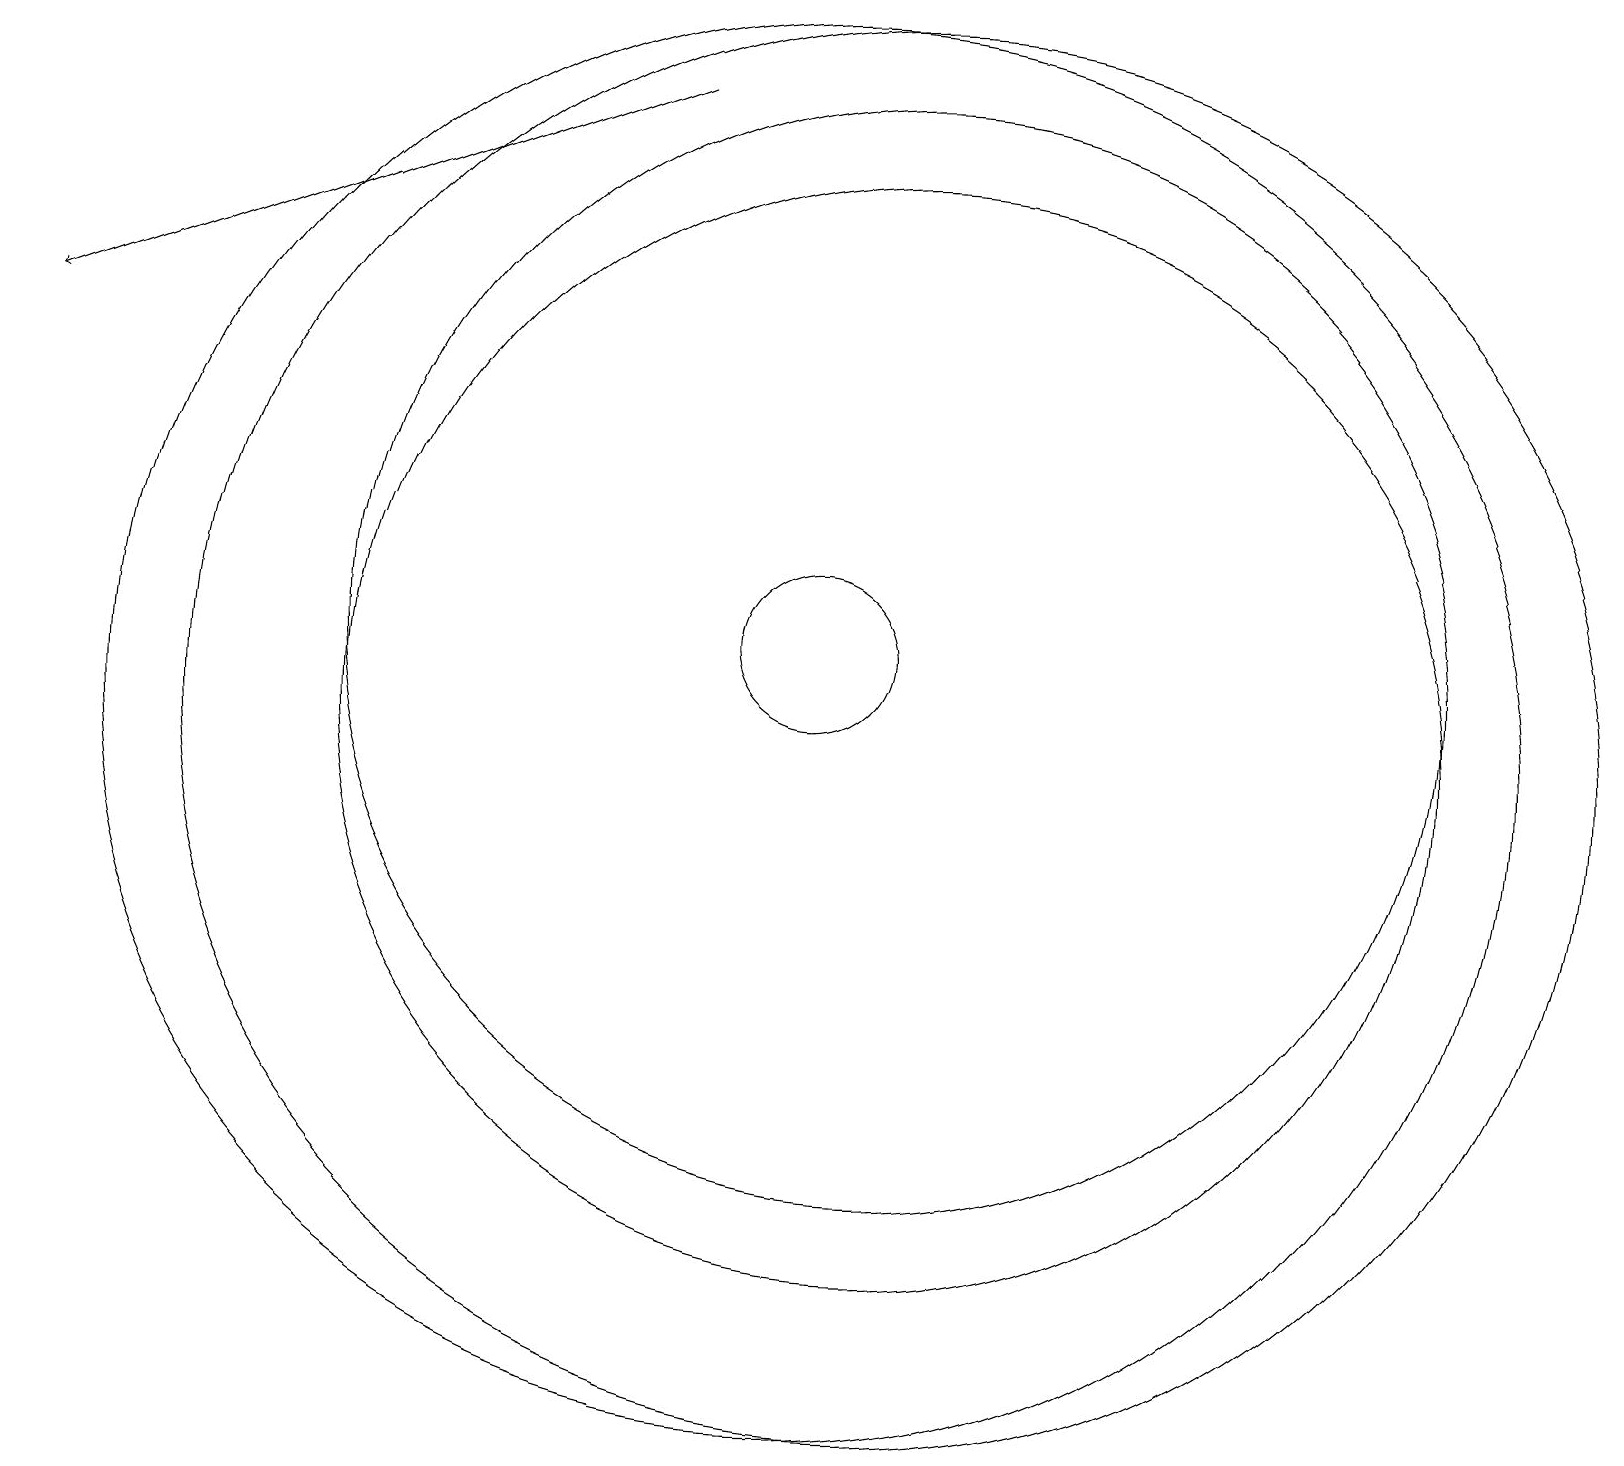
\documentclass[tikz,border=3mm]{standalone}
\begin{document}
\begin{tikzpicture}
\draw (11,10) circle (9);
\draw (11,10) circle (7);
\draw (10,11) circle (1);
\draw (10,10) circle (9);
\draw (10,10) circle (0);
\draw (11,11) circle (7);
\draw[->] (8,18) -- (0,15);
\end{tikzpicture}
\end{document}